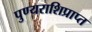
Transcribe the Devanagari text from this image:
पुण्यराशिप्राप्त